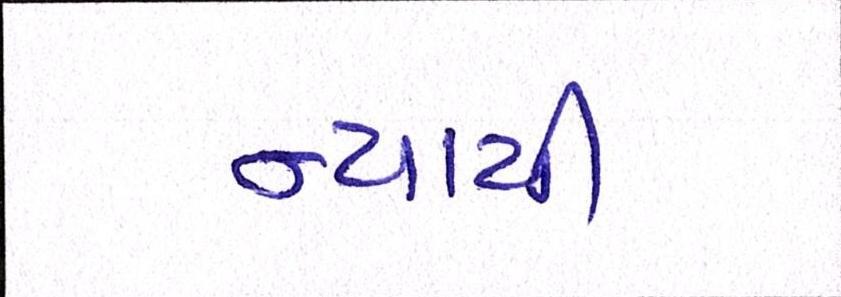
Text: ન્યાયી